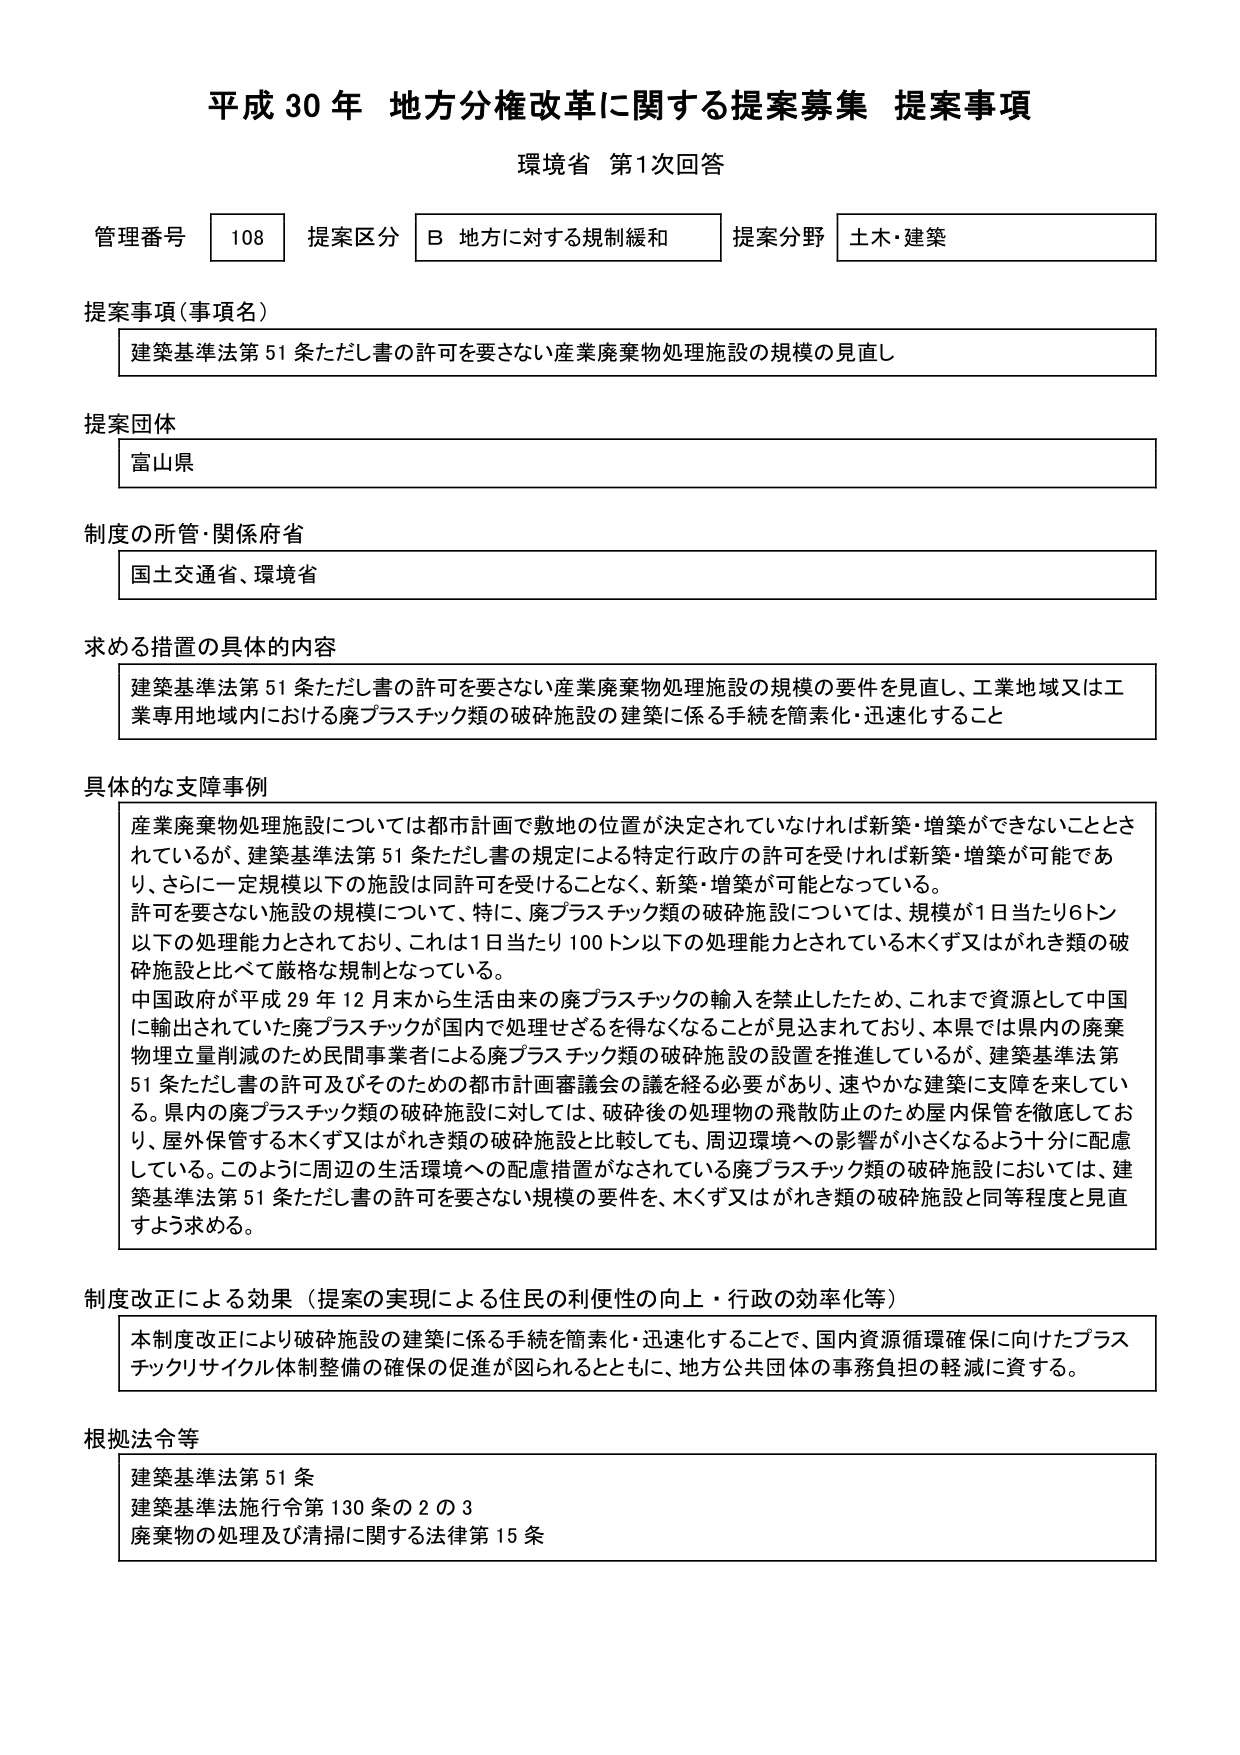
平成30年 地方分権改革に関する提案募集 提案事項
環境省 第1次回答

管理番号 108 提案区分 B 地方に対する規制緩和 提案分野 土木・建築

提案事項（事項名）
建築基準法第51条ただし書の許可を要さない産業廃棄物処理施設の規模の見直し

提案団体
富山県

制度の所管・関係府省
国土交通省、環境省

求める措置の具体的内容
建築基準法第51条ただし書の許可を要さない産業廃棄物処理施設の規模の要件を見直し、工業地域又は工業専用地域内における廃プラスチック類の破碎施設の建築に係る手続を簡素化・迅速化すること

具体的な支障事例
産業廃棄物処理施設については都市計画で敷地の位置が決定されていなければ新築・増築ができないこととされているが、建築基準法第51条ただし書の規定による特定行政庁の許可を受ければ新築・増築が可能であり、さらに一定規模以下の施設は同許可を受けることなく、新築・増築が可能となっている。
許可を要さない施設の規模について、特に、廃プラスチック類の破碎施設については、規模が1日当たり6トン以下の処理能力とされており、これは1日当たり100トン以下の処理能力とされている木くず又はがれき類の破碎施設と比べて厳格な規制となっている。
中国政府が平成29年12月末から生活由来の廃プラスチックの輸入を禁止したため、これまで資源として中国に輸出されていた廃プラスチックが国内で処理せざるを得なくなることが見込まれており、本県では県内の廃棄物埋立量削減のため民間事業者による廃プラスチック類の破碎施設の設置を推進しているが、建築基準法第51条ただし書の許可及びそのための都市計画審議会の議を経る必要があり、速やかな建築に支障を来している。県内の廃プラスチック類の破碎施設に対しては、破碎後の処理物の飛散防止のため屋内保管を徹底しており、屋外保管する木くず又はがれき類の破碎施設と比較しても、周辺環境への影響が小さくなるよう十分に配慮している。このように周辺の生活環境への配慮措置がなされている廃プラスチック類の破碎施設においては、建築基準法第51条ただし書の許可を要さない規模の要件を、木くず又はがれき類の破碎施設と同等程度と見直すよう求める。

制度改正による効果（提案の実現による住民の利便性の向上・行政の効率化等）
本制度改正により破碎施設の建築に係る手続を簡素化・迅速化することで、国内資源循環確保に向けたプラスチックリサイクル体制整備の確保の促進が図られるとともに、地方公共団体の事務負担の軽減に資する。

根拠法令等
建築基準法第51条
建築基準法施行令第130条の2の3
廃棄物の処理及び清掃に関する法律第15条